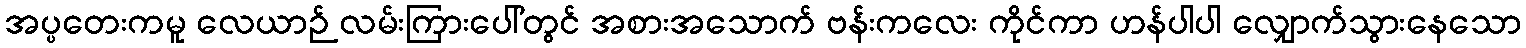
အပ္ပတေးကမူ လေယာဉ် လမ်းကြားပေါ်တွင် အစားအသောက် ဗန်းကလေး ကိုင်ကာ ဟန်ပါပါ လျှောက်သွားနေသော